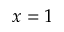
x = 1